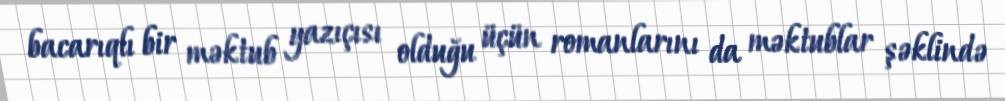
bacarıqlı bir məktub yazıçısı olduğu üçün romanlarını da məktublar şəklində